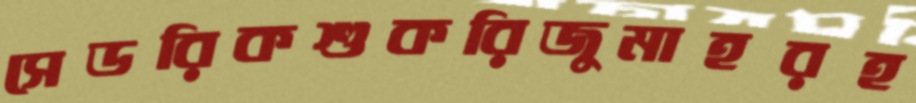
সেডরিকশুকরিজুমাহরহ